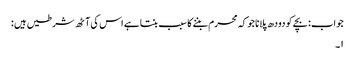
جواب: بچے کو دودھ پلانا جو کہ محرم بننے کا سبب بنتا ہے اس کی آٹھ شرطیں ہیں :
۱۔